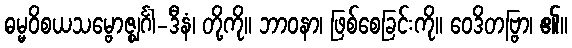
ဓမ္မဝိစယသမ္ဗောဇ္ဈင်္ဂါ-ဒီနံ၊ တို့ကို။ ဘာဝနာ၊ ဖြစ်စေခြင်းကို။ ဝေဒိတဗ္ဗြာ၊ ၏။